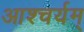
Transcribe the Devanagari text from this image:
आश्चर्यम्